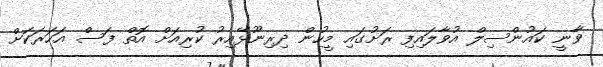
ވާނީ ކައުންސިލް އުވާލައިފި ރަށުގައި މީހުން ދިރިނޫޅޭއިރު ކުރިއަށް އޮތް ފަސް އަހަރަކަށް